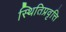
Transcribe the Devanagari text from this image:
स्थितिप्रवृत्ति